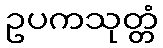
ဥပကသုတ္တံ